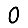
Digit: 0